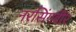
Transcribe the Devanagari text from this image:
नरसिंगवीर